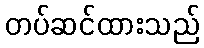
တပ်ဆင်ထားသည်